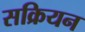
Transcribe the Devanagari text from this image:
सक्रियन